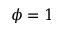
\phi = 1